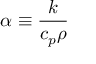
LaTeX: \alpha \equiv { \frac { k } { c _ { p } \rho } }